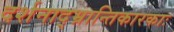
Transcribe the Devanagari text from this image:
दर्शनाद्भ्रान्तिकारकाः